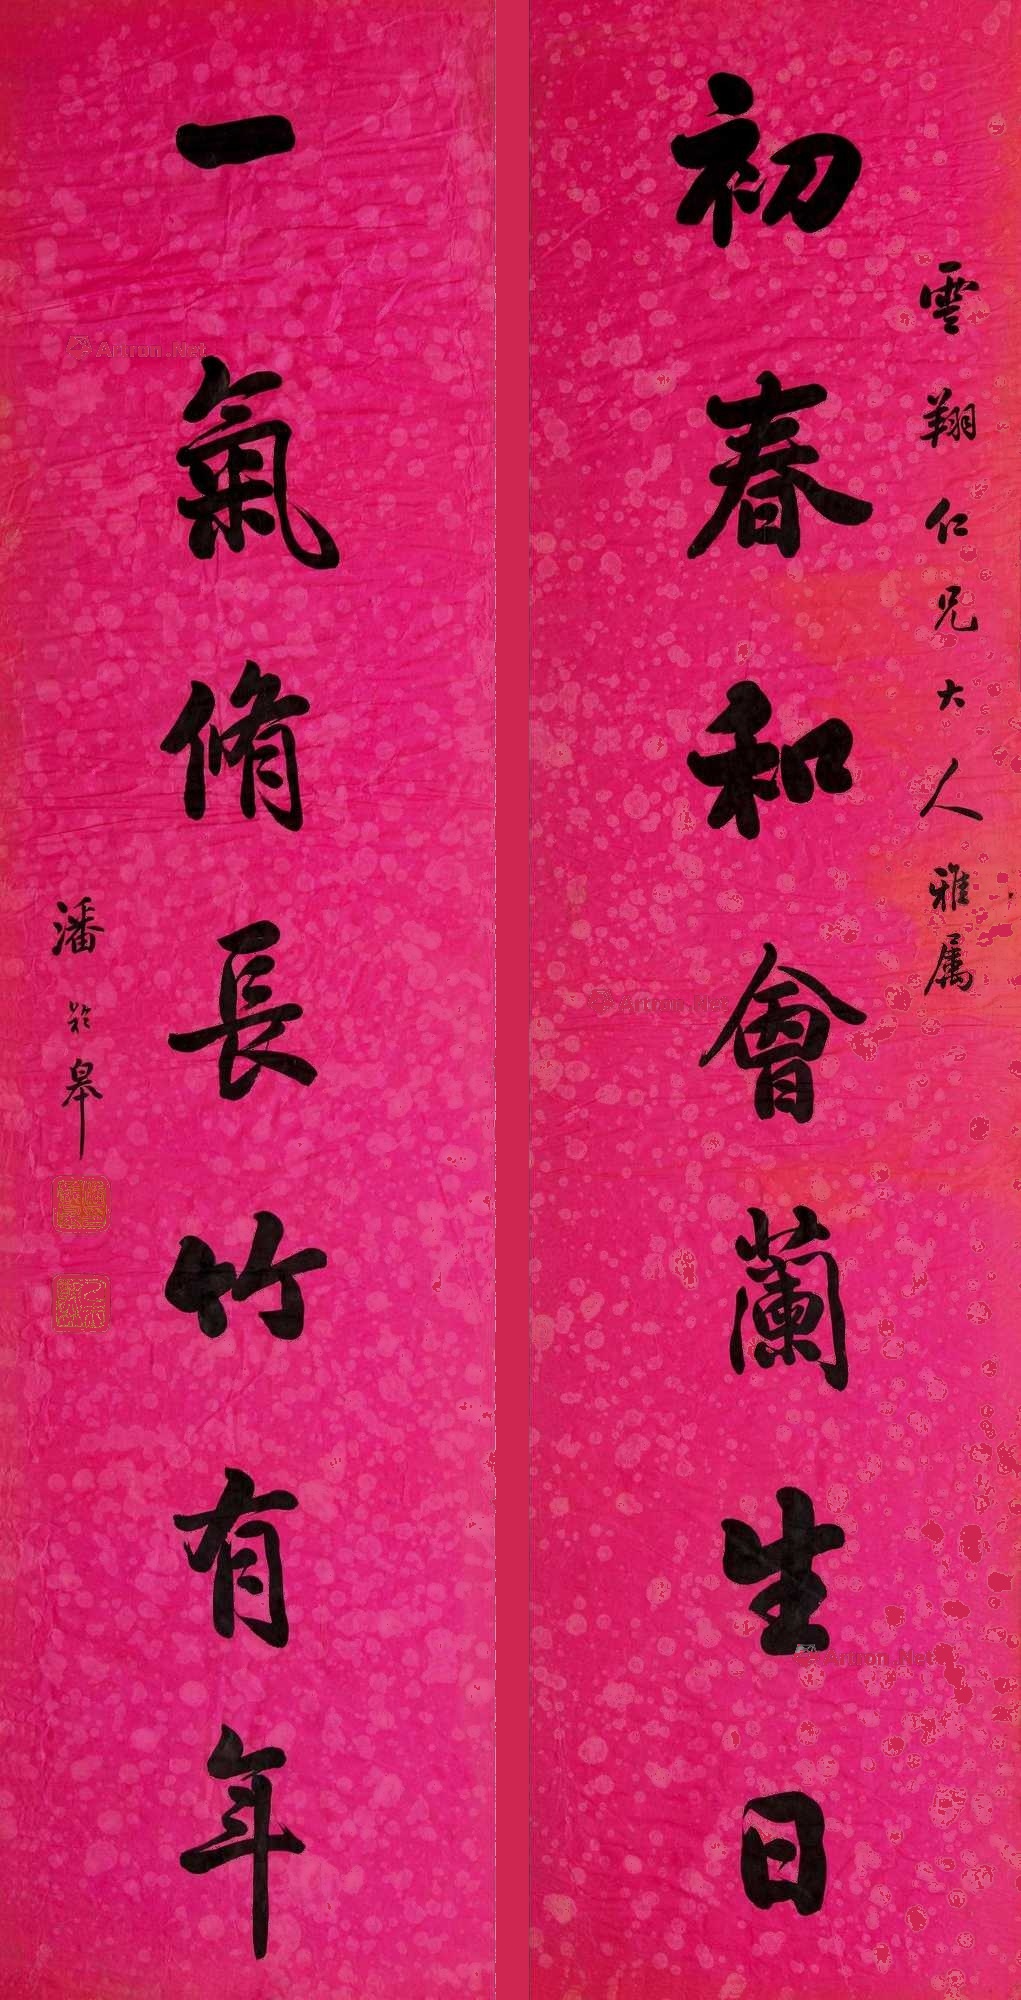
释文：初春和会兰生日，一气修长竹有年。云翔仁兄大人雅属，潘龄皋。